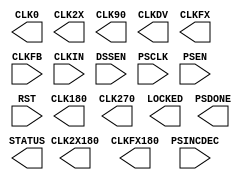
///////////////////////////////////////////////////////////////////////////////
// Copyright (c) 1995/2015 Xilinx, Inc.
// All Right Reserved.
///////////////////////////////////////////////////////////////////////////////
//   ____  ____
//  /   /\/   /
// /___/  \  /    Vendor : Xilinx
// \   \   \/     Version : 2015.4
//  \   \         Description : Xilinx Formal Library Component
//  /   /                  Digital Clock Manager
// /___/   /\     Filename : DCM_SP.v
// \   \  /  \
//  \___\/\___\
//
///////////////////////////////////////////////////////////////////////////////
// Revision:
//    02/28/06 - Initial version.
// End Revision
///////////////////////////////////////////////////////////////////////////////

`timescale  1 ps / 1 ps

`celldefine

module DCM_SP (
  CLK0, CLK180, CLK270, CLK2X, CLK2X180, CLK90,
  CLKDV, CLKFX, CLKFX180, LOCKED, PSDONE, STATUS,
  CLKFB, CLKIN, DSSEN, PSCLK, PSEN, PSINCDEC, RST);

parameter real CLKDV_DIVIDE = 2.0;
parameter integer CLKFX_DIVIDE = 1;
parameter integer CLKFX_MULTIPLY = 4;
parameter CLKIN_DIVIDE_BY_2 = "FALSE";
parameter real CLKIN_PERIOD = 10.0;      // non-simulatable
parameter CLKOUT_PHASE_SHIFT = "NONE";
parameter CLK_FEEDBACK = "1X";
parameter DESKEW_ADJUST = "SYSTEM_SYNCHRONOUS";  // non-simulatable
parameter DFS_FREQUENCY_MODE = "LOW";
parameter DLL_FREQUENCY_MODE = "LOW";
parameter DSS_MODE = "NONE";      // non-simulatable
parameter DUTY_CYCLE_CORRECTION = "TRUE";
parameter FACTORY_JF = 16'hC080;    // non-simulatable
parameter integer PHASE_SHIFT = 0;
parameter STARTUP_WAIT = "FALSE";    // non-simulatable

`ifdef XIL_TIMING
    parameter LOC = "UNPLACED";
`endif

localparam PS_STEP = 25;

input CLKFB, CLKIN, DSSEN;
input PSCLK, PSEN, PSINCDEC, RST;

output CLK0, CLK180, CLK270, CLK2X, CLK2X180, CLK90;
output CLKDV, CLKFX, CLKFX180, LOCKED, PSDONE;
output [7:0] STATUS;

endmodule

`endcelldefine